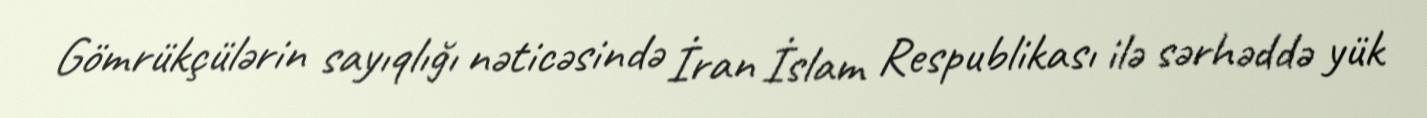
Gömrükçülərin sayıqlığı nəticəsində İran İslam Respublikası ilə sərhəddə yük